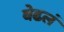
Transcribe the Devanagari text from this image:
वेढलं